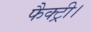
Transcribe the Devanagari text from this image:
फैक्ट्री।